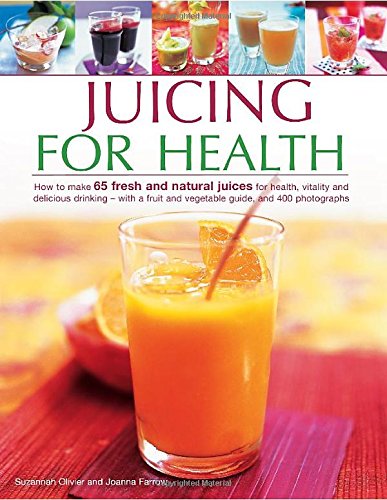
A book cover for Juicing for Health: How To Make 65 Fresh And Natural Juices For Health, Vitality And Delicious Drinking - With A Fruit And Vegetable Guide, And 400 Photographs; Suzannah Olivier; Cookbooks, Food & Wine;